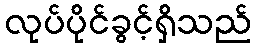
လုပ်ပိုင်ခွင့်ရှိသည်